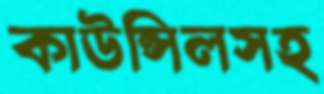
কাউন্সিলসহ